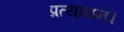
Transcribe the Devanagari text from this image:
प्रत्यायन।